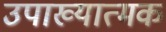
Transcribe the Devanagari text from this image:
उपाख्यात्मक